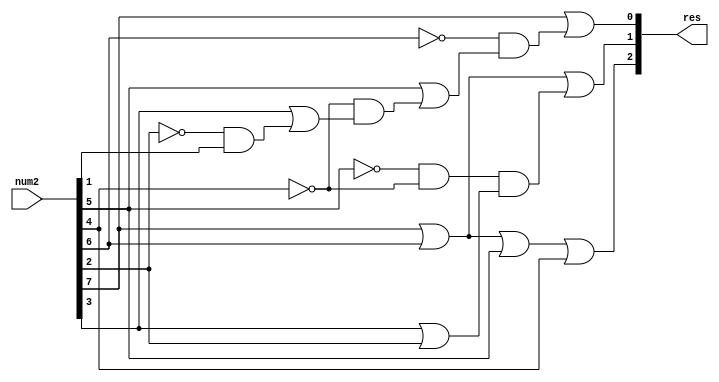
// ??????? 4 - ???????????? ????????
`timescale 1ns / 100ps

//=========== PRSH ===========
module prsh (
	input [7:0] num2,
	output [2:0] res
);

assign res = {
	num2[7] | num2[6] | num2[5] | num2[4],
	num2[7] | num2[6] | (~num2[5] & ~num2[4]) & (num2[3] | num2[2]),
	num2[7] | ~num2[6] & (num2[5] | ~num2[4] & (num2[3] | ~num2[2] & num2[1]))
};

// 1xxxxxxx - 7 111 - 
// 01xxxxxx - 6 110 - 
// 001xxxxx - 5 101 - 
// 0001xxxx - 4 100 - 
// 00001xxx - 3 011 - 
// 000001xx - 2 010 - 
// 0000001x - 1 001 - 
// 00000001 - 0 000 -

endmodule

//=============== TOP ===========
module top;

reg [7:0] data;
wire [2:0] answ;

prsh prsh_in(
	.num2(data),
	.res(answ)
);

initial begin
	data = 8'b00000001;
	#10
	$display("data = %b", data);
	$display("data[int] = %d", data);
	$display("answ = %b", answ);
	$display("---------------");

	data = 8'b00000010;
	#10
	$display("data = %b", data);
	$display("data[int] = %d", data);
	$display("answ = %b", answ);
	$display("---------------");

	data = 8'b00000100;
	#10
	$display("data = %b", data);
	$display("data[int] = %d", data);
	$display("answ = %b", answ);
	$display("---------------");

	data = 8'b00001000;
	#10
	$display("data = %b", data);
	$display("data[int] = %d", data);
	$display("answ = %b", answ);
	$display("---------------");

	data = 8'b00010000;
	#10
	$display("data = %b", data);
	$display("data[int] = %d", data);
	$display("answ = %b", answ);
	$display("---------------");

	data = 8'b00100000;
	#10
	$display("data = %b", data);
	$display("data[int] = %d", data);
	$display("answ = %b", answ);
	$display("---------------");

	data = 8'b00111111;
	#10
	$display("data = %b", data);
	$display("data[int] = %d", data);
	$display("answ = %b", answ);
	$display("---------------");

	data = 8'b00010001;
	#10
	$display("data = %b", data);
	$display("data[int] = %d", data);
	$display("answ = %b", answ);
	$display("---------------");


end

endmodule